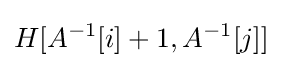
H[A^{-1}[i]+1,A^{-1}[j]]